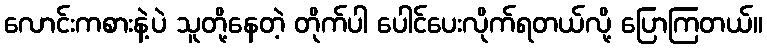
လောင်းကစားနဲ့ပဲ သူတို့နေတဲ့ တိုက်ပါ ပေါင်ပေးလိုက်ရတယ်လို့ ပြောကြတယ်။